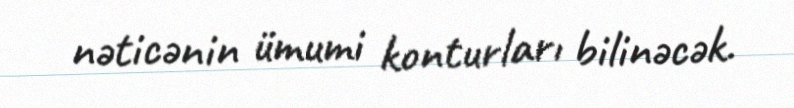
nəticənin ümumi konturları bilinəcək.